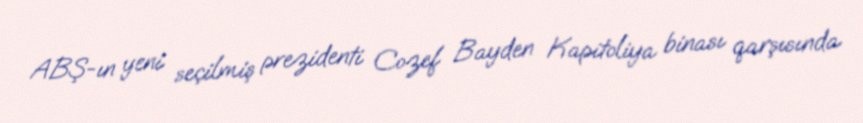
ABŞ-ın yeni seçilmiş prezidenti Cozef Bayden Kapitoliya binası qarşısında